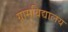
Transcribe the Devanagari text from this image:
ग्रामविद्यालय